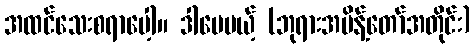
အထင်သေးစရာပေါ့။ ဒါပေမယ့် (ဘုရားအမိန့်တော်အတိုင်း)